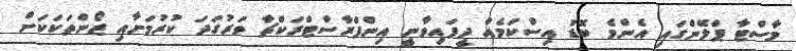
މާސްޓާ ޕްލޭންގައި އެންމެ ބޮޑު އިސްކަމެއް ދީފައިވާނީ އިންފްރާސްޓްރަކްޗާ ވަރުގަދަ ކުރުމަށާއި ޒޯންތަކަކަށް